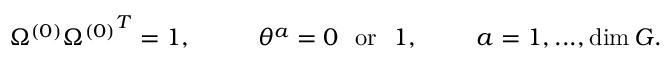
\Omega ^ { ( 0 ) } { \Omega ^ { ( 0 ) } } ^ { T } = 1 , ~ ~ ~ ~ ~ ~ ~ ~ \theta ^ { a } = 0 ~ ~ \mathrm { o r } ~ ~ 1 , ~ ~ ~ ~ ~ ~ ~ a = 1 , . . . , \dim G .